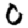
Digit: 0